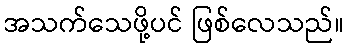
အသက်သေဖို့ပင် ဖြစ်လေသည်။